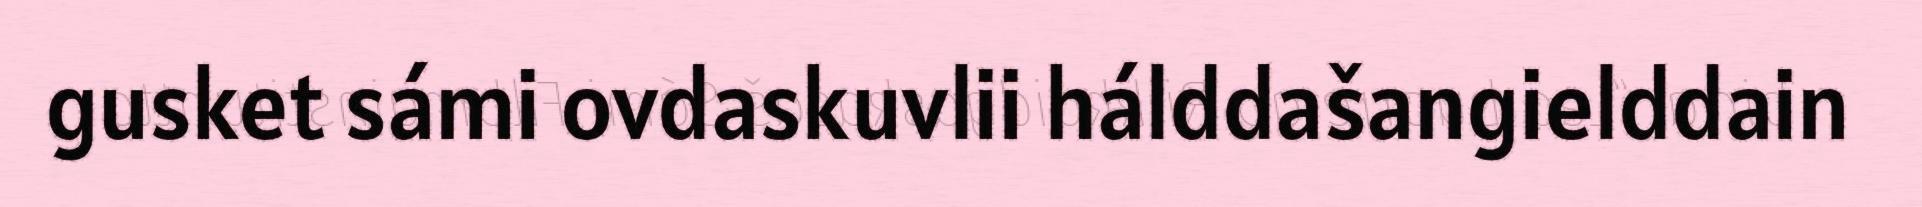
gusket sámi ovdaskuvlii hálddašangielddain